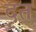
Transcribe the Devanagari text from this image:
दृत